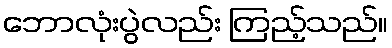
ဘောလုံးပွဲလည်း ကြည့်သည်။